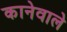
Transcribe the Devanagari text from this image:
कानेवाले